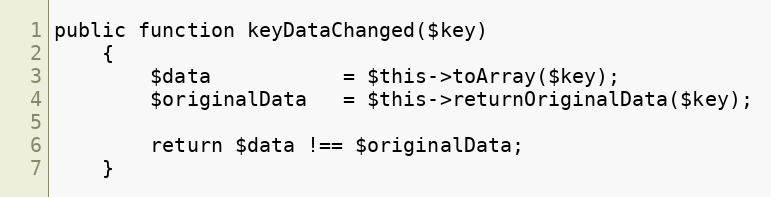
Language: PHP
public function keyDataChanged($key)
    {
        $data           = $this->toArray($key);
        $originalData   = $this->returnOriginalData($key);

        return $data !== $originalData;
    }